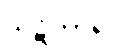
ဃဋိကာရ